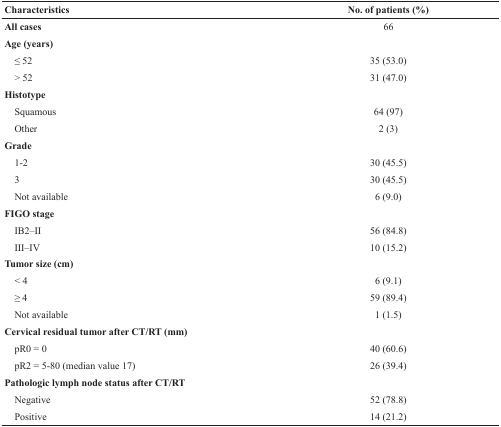
<table><thead><tr><td><b>Characteristics</b></td><td><b>No. of patients (%)</b></td></tr></thead><tbody><tr><td><b>All cases</b></td><td>66</td></tr><tr><td><b>Age (years)</b></td><td></td></tr><tr><td> ≤ 52</td><td>35 (53.0)</td></tr><tr><td> &gt; 52</td><td>31 (47.0)</td></tr><tr><td><b>Histotype</b></td><td></td></tr><tr><td> Squamous</td><td>64 (97)</td></tr><tr><td> Other</td><td>2 (3)</td></tr><tr><td><b>Grade</b></td><td></td></tr><tr><td> 1-2</td><td>30 (45.5)</td></tr><tr><td> 3</td><td>30 (45.5)</td></tr><tr><td> Not available</td><td>6 (9.0)</td></tr><tr><td><b>FIGO stage</b></td><td></td></tr><tr><td> IB2–II</td><td>56 (84.8)</td></tr><tr><td> III–IV</td><td>10 (15.2)</td></tr><tr><td><b>Tumor size (cm)</b></td><td></td></tr><tr><td> &lt; 4</td><td>6 (9.1)</td></tr><tr><td> ≥ 4</td><td>59 (89.4)</td></tr><tr><td> Not available</td><td>1 (1.5)</td></tr><tr><td><b>Cervical residual tumor after CT/RT (mm)</b></td><td></td></tr><tr><td> pR0 = 0</td><td>40 (60.6)</td></tr><tr><td> pR2 = 5-80 (median value 17)</td><td>26 (39.4)</td></tr><tr><td><b>Pathologic lymph node status after CT/RT</b></td><td></td></tr><tr><td> Negative</td><td>52 (78.8)</td></tr><tr><td> Positive</td><td>14 (21.2)</td></tr></tbody></table>